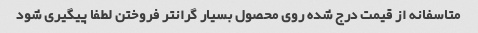
متاسفانه از قیمت درج شده روی محصول بسیار گرانتر فروختن لطفا پیگیری شود